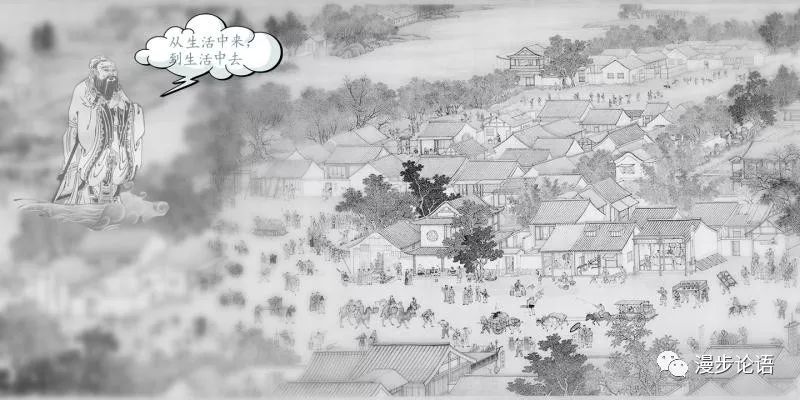
君子不重则不威，学则不固。主忠信，无友不如己者，过则勿惮改。